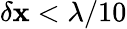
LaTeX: \delta\mathbf{x}<\lambda/10